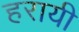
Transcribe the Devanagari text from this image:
हरायी